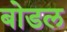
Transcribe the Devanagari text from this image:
बोडल